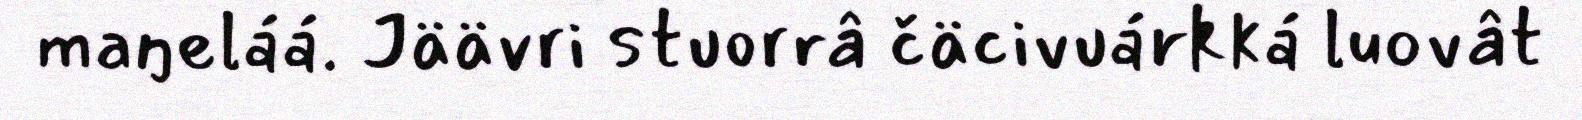
maŋeláá. Jäävri stuorrâ čäcivuárkká luovât